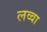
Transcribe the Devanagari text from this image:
लव्वा